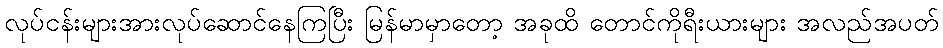
လုပ်ငန်းများအားလုပ်ဆောင်နေကြပြီး မြန်မာမှာတော့ အခုထိ တောင်ကိုရီးယားများ အလည်အပတ်